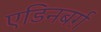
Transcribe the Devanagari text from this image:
एडिनबर्ग़